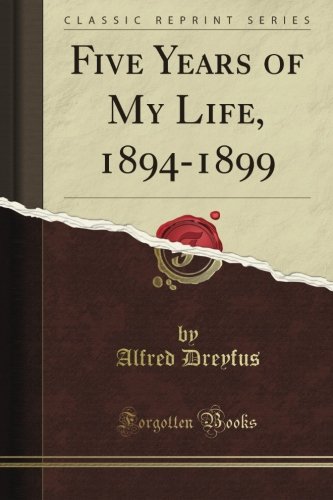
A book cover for Five Years of My Life, 1894-1899 (Classic Reprint); Alfred Dreyfus; Literature & Fiction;